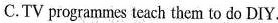
. C.TV programmes teach them to do DIY.